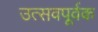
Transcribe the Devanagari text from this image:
उत्सवपूर्वक